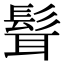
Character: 髶